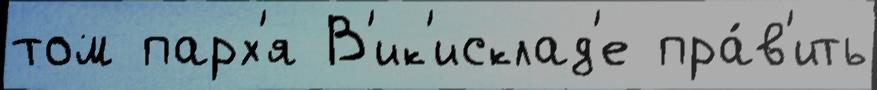
том парх'я В'ик'исклад'е пра́в'ить